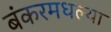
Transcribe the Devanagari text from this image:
बंकरमधल्या